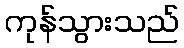
ကုန်သွားသည်